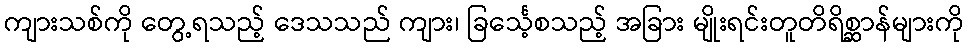
ကျားသစ်ကို တွေ့ရသည့် ဒေသသည် ကျား၊ ခြင်္သေ့စသည့် အခြား မျိုးရင်းတူတိရိစ္ဆာန်များကို